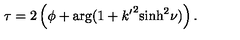
\tau = 2 \left( \phi + \arg ( 1 + { k ^ { \prime } } ^ { 2 } { \sinh } ^ { 2 } \nu ) \right) .